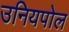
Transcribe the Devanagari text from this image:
उनियपोल